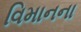
વિમાનના